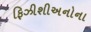
ફિઝીશીઅનોના